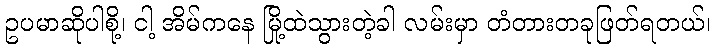
ဥပမာဆိုပါစို့၊ ငါ့ အိမ်ကနေ မြို့ထဲသွားတဲ့ခါ လမ်းမှာ တံတားတခုဖြတ်ရတယ်၊